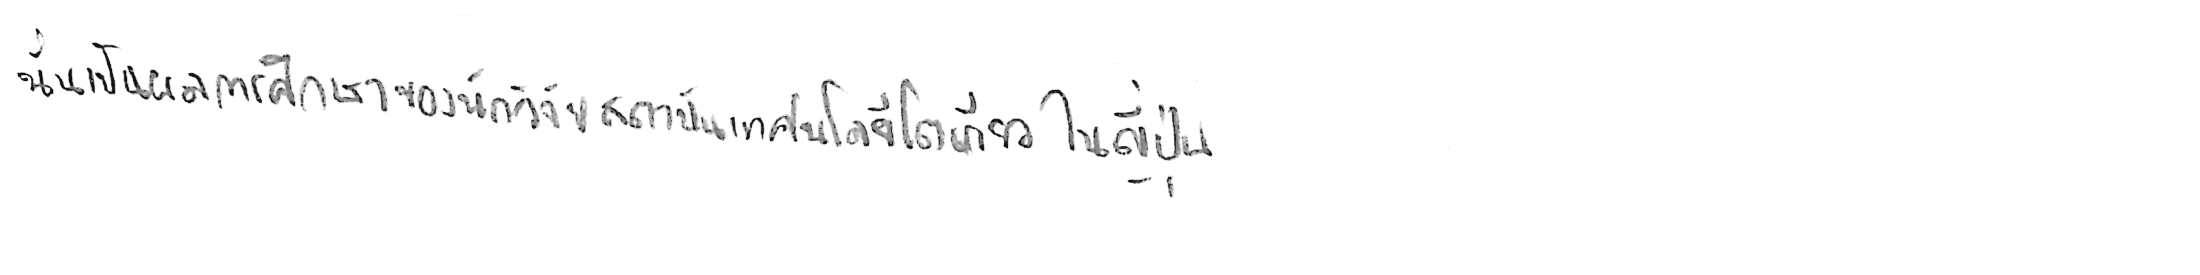
นั่นเป็นผลการศึกษาของนักวิจัยสถาบันเทคโนโลยีโตเกียว ในญี่ปุ่น